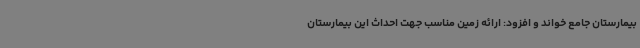
بیمارستان جامع خواند و افزود: ارائه زمین مناسب جهت احداث این بیمارستان